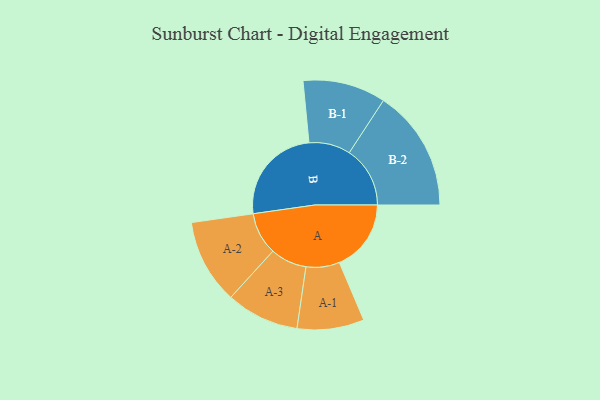
{"axis": {"x": "Segment", "y": "Value"}, "legend": ["", "A", "B"], "data": [{"x": "A", "y": 315, "type": ""}, {"x": "B", "y": 435, "type": ""}, {"x": "A-1", "y": 147, "type": "A"}, {"x": "A-2", "y": 186, "type": "A"}, {"x": "A-3", "y": 160, "type": "A"}, {"x": "B-1", "y": 182, "type": "B"}, {"x": "B-2", "y": 267, "type": "B"}]}